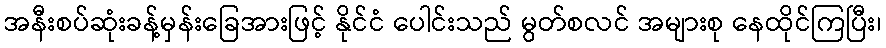
အနီးစပ်ဆုံးခန့်မှန်းခြေအားဖြင့် နိုင်ငံ ပေါင်းသည် မွတ်စလင် အများစု နေထိုင်ကြပြီး၊